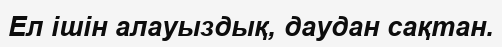
Ел ішін алауыздық, даудан сақтан.